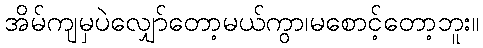
အိမ်ကျမှပဲလျှော်တော့မယ်ကွာ၊မစောင့်တော့ဘူး။